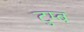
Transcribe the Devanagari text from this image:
टुम्ब